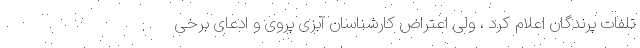
تلفات پرندگان اعلام کرد ، ولی اعتراض کارشناسان آبزی پروی و ادعای برخی